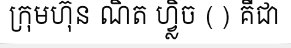
ក្រុមហ៊ុន ណិត ហ្វ្លិច () គឺជា